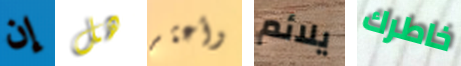
إن هل وأعثر يلائم خاطرك